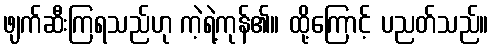
ဖျက်ဆီးကြရသည်ဟု ကဲ့ရဲ့ကုန်၏။ ထို့ကြောင့် ပညတ်သည်။